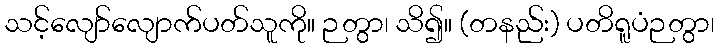
သင့်လျော်လျောက်ပတ်သူကို။ ဉတွာ၊ သိ၍။ (တနည်း) ပတိရူပံဉတွာ၊